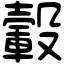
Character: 轂